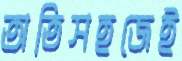
অতিসহজেই